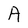
Character: A